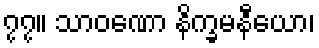
၇၇။ သာဝဏော နိက္ခမနီယော၊